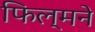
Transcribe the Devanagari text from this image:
फिल्मने